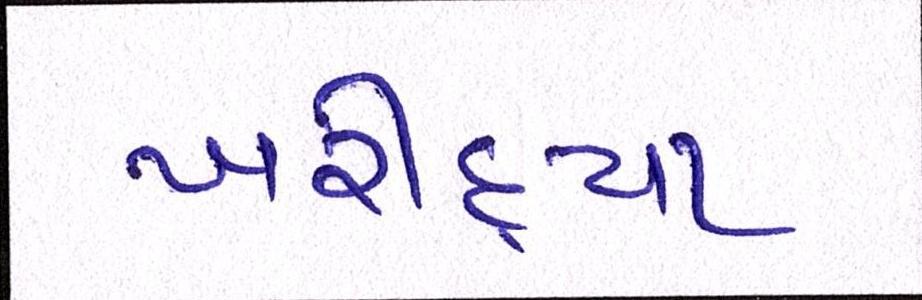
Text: ખરીદ્યા